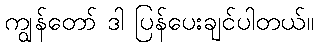
ကျွန်တော် ဒါ ပြန်ပေးချင်ပါတယ်။